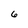
Character: 6